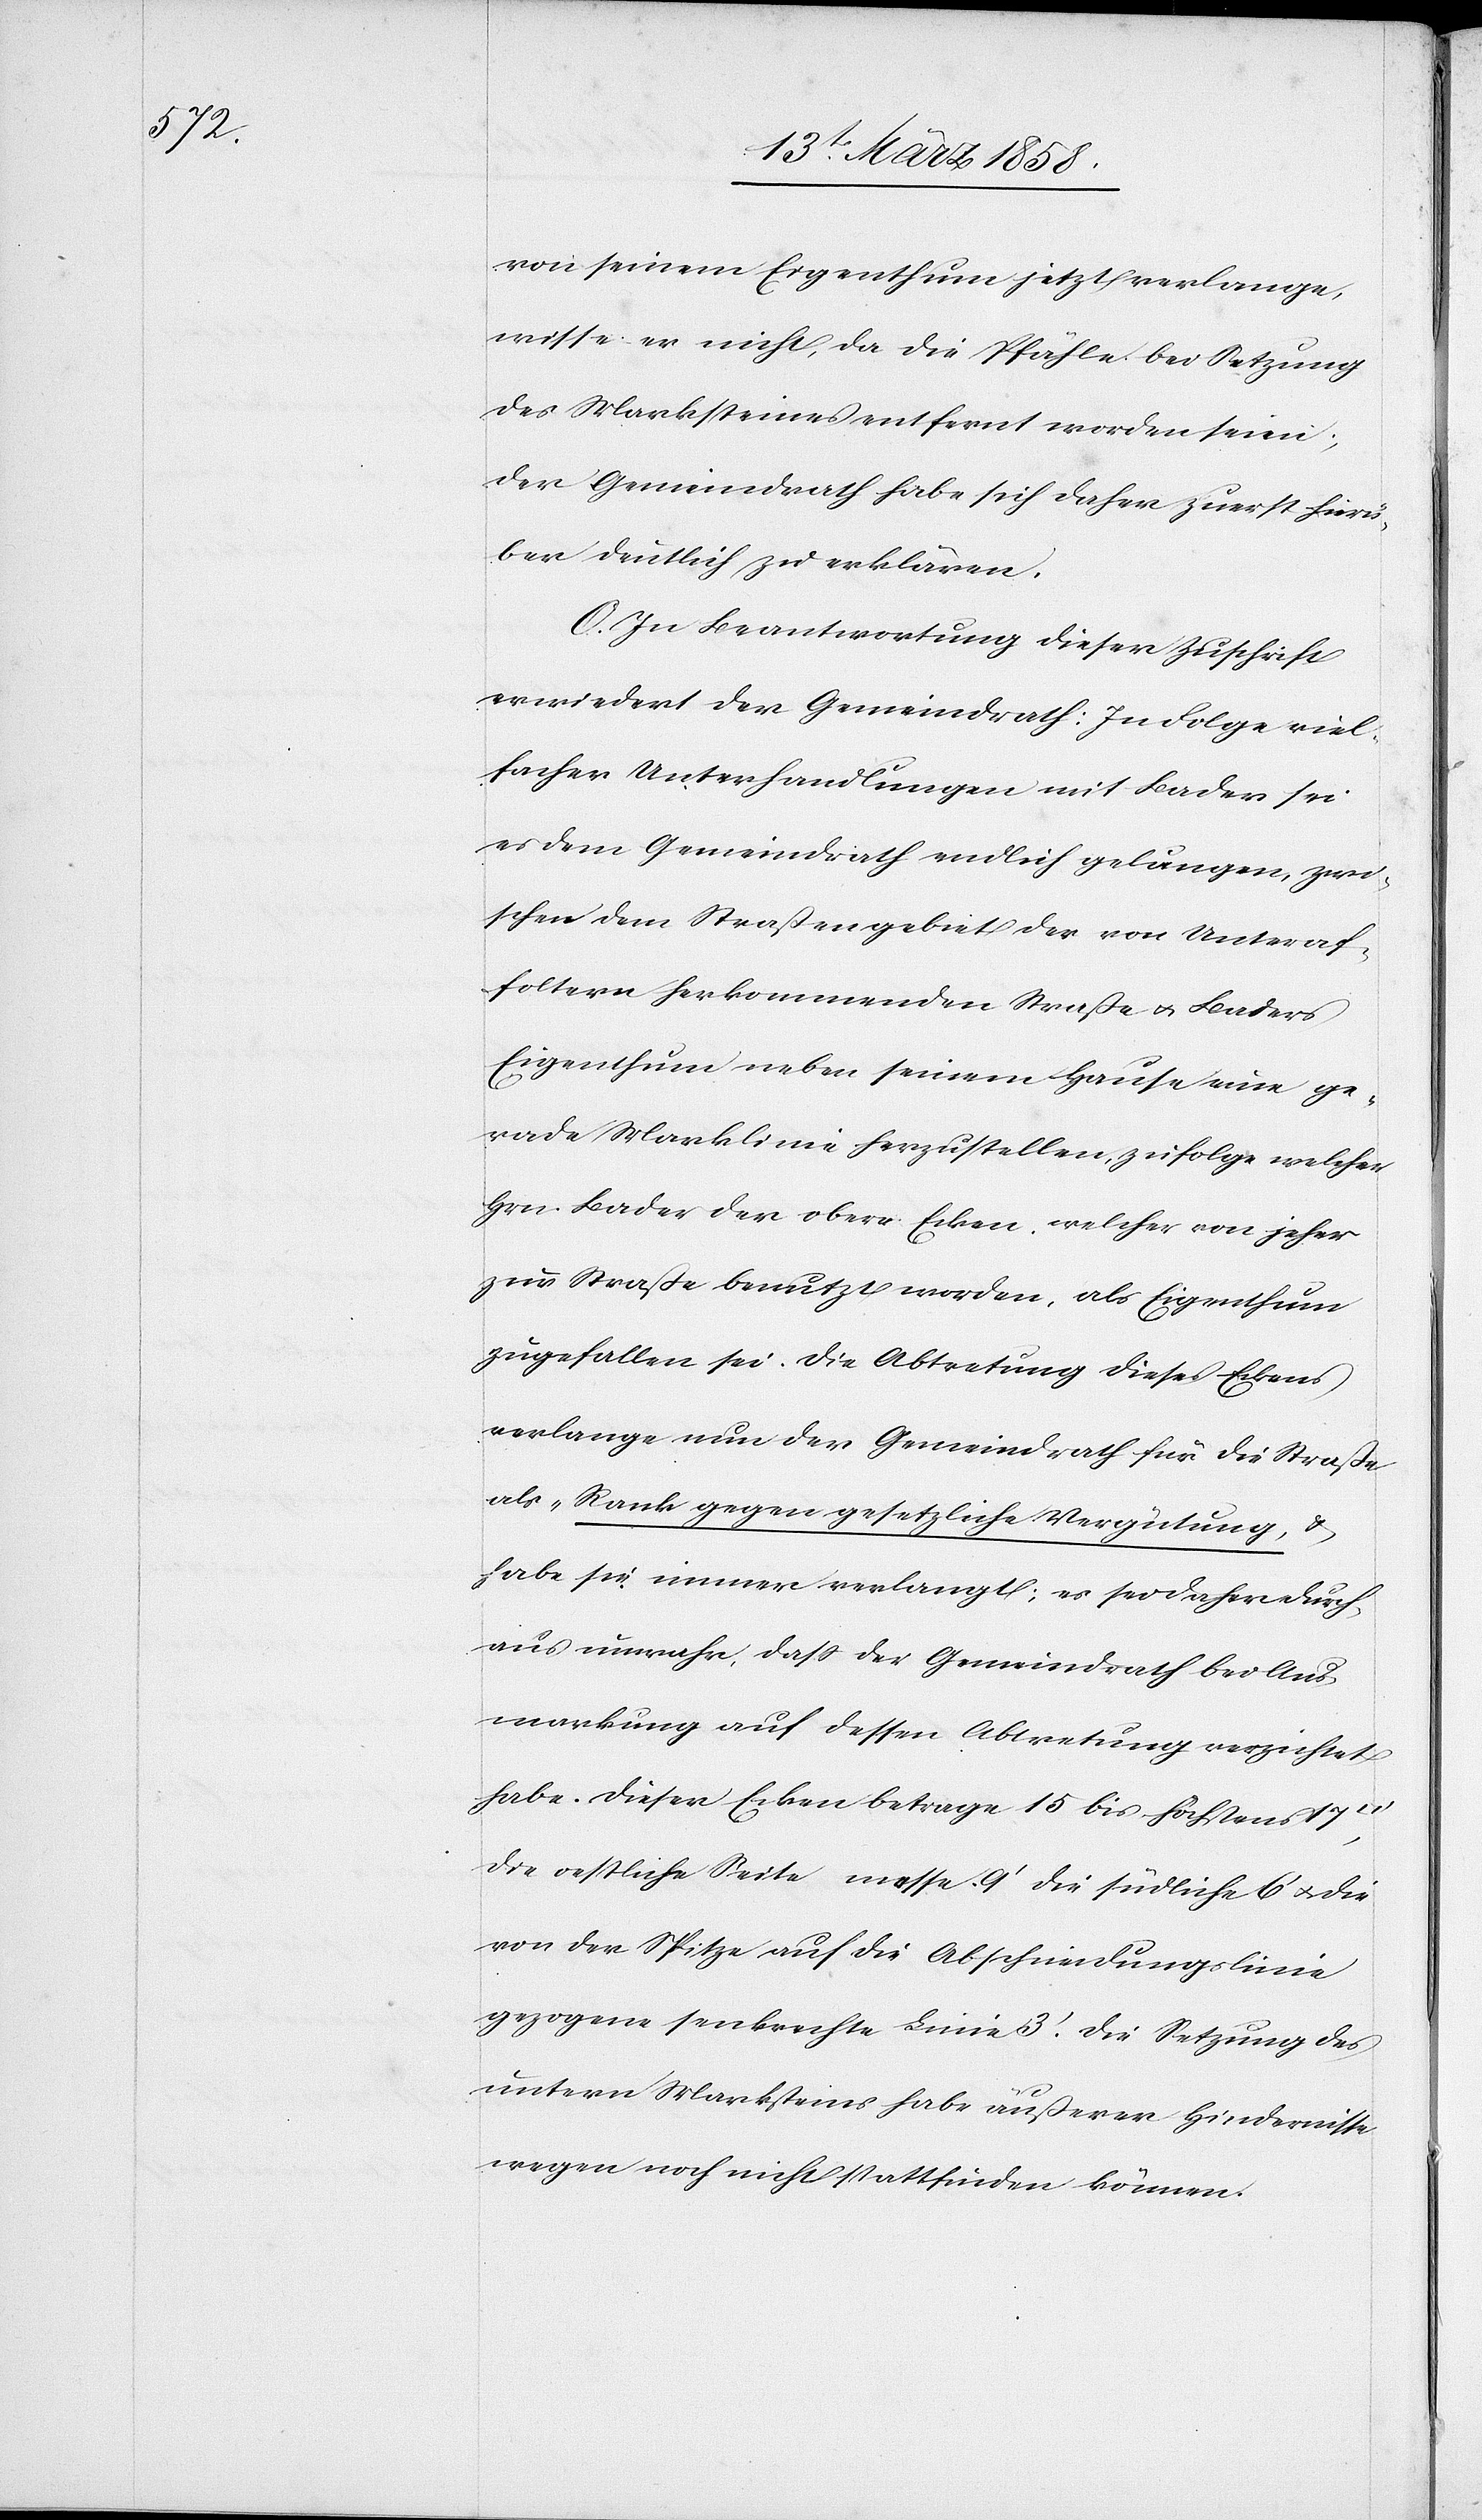
von seinem Eigenthum jetzt verlange,
wisse er nicht, da die Pfähle bei Setzung
des Marksteines entfernt worden seien;
der Gemeindrath habe sich daher zuerst hierü¬
ber deutlich zu erklären.
O. In Beantwortung dieser Zuschrift
erwiedert der Gemeindrath: In Folge viel¬
facher Unterhandlungen mit Bader sei
es dem Gemeindrath endlich gelungen, zwi¬
schen dem Straßengebiet der von Unteraf¬
foltern herkommenden Straße u. Baders
Eigenthum neben seinem Hause eine ge¬
rade Marklinie herzustellen, zufolge welcher
Hrn. Bader der obere Ecken, welcher von jeher
zur Straße benutzt worden, als Eigenthum
zugefallen sei. Die Abtretung dieses Eckens
verlange nun der Gemeindrath für die Straße
als „Rank gegen gesetzliche Vergütung,[“]
habe sie immer erlangt; es sei daher durch¬
aus unwahr, daß der Gemeindrath bei Aus¬
markung auf dessen Abtretung verzichtet
habe. Dieser Ecken betrage 15 bis höchstens 17
die oestliche Seite messe 9’[,] die südliche 6’ u. die
von der Spitze auf die Abschneidungslinie
gezogene senkrechte Linie 3’. Die Setzung des
untern Marksteines habe äußerer Hindernisse
wegen noch nicht stattfinden können.